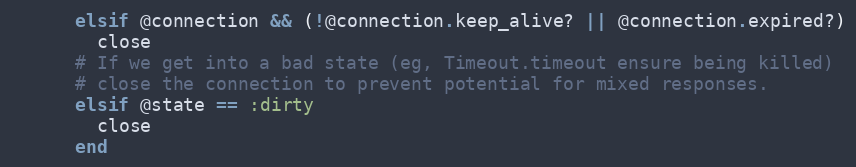
Language: Ruby
      elsif @connection && (!@connection.keep_alive? || @connection.expired?)
        close
      # If we get into a bad state (eg, Timeout.timeout ensure being killed)
      # close the connection to prevent potential for mixed responses.
      elsif @state == :dirty
        close
      end